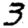
Digit: 3